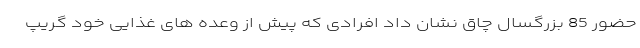
حضور 85 بزرگسال چاق نشان داد افرادی که پیش از وعده های غذایی خود گریپ